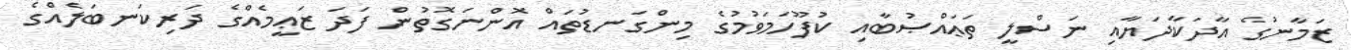
ޒަމާނުގެ އާދަކާދަޔާއި ނަސްލީ ތަޢައްޞުބާއި ކުފޫހަމަވުމުގެ މިންގަނޑުތައް އޮންނަގޮތުން ފަދަ ޒަޢީމެއްގެ ދަރިކަނބަލެއްގެ